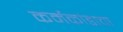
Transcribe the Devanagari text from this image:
कर्मकांडाचा